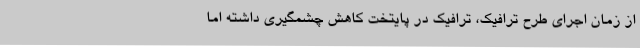
از زمان اجرای طرح ترافیک، ترافیک در پایتخت کاهش چشمگیری داشته اما